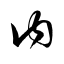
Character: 内